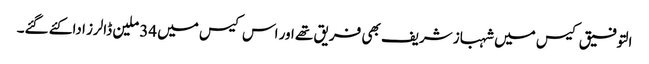
التوفیق کیس میں شہباز شریف بھی فریق تھے اور اس کیس میں 34 ملین ڈالرز ادا کئے گئے۔